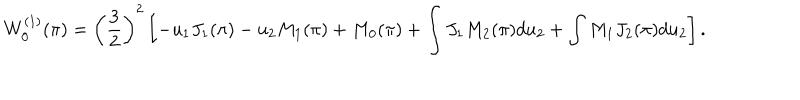
W _ { 0 } ^ { ( 1 ) } ( \pi ) = \left( \frac { 3 } { 2 } \right) ^ { 2 } \left[ - u _ { 1 } J _ { 1 } ( \pi ) - u _ { 2 } M _ { 1 } ( \pi ) + M _ { 0 } ( \pi ) + \int J _ { 1 } M _ { 2 } ( \pi ) d u _ { 2 } + \int M _ { 1 } J _ { 2 } ( \pi ) d u _ { 2 } \right] .